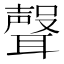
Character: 𮋻